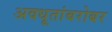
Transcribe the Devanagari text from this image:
अवधूतांबरोबर